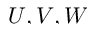
U , V , W